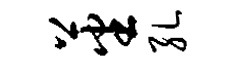
蕃孔